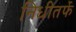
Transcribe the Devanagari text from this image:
निधीतर्फे